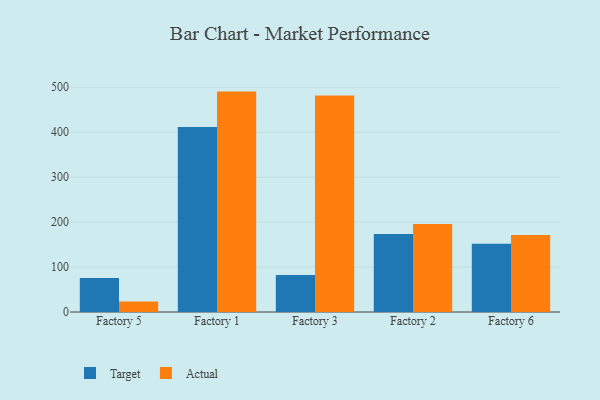
{"axis": {"x": "Factory", "y": "Backlog"}, "legend": ["Actual", "Target"], "data": [{"x": "Factory 5", "y": 75.4, "type": "Target"}, {"x": "Factory 5", "y": 23.2, "type": "Actual"}, {"x": "Factory 1", "y": 411.4, "type": "Target"}, {"x": "Factory 1", "y": 490.4, "type": "Actual"}, {"x": "Factory 3", "y": 82.1, "type": "Target"}, {"x": "Factory 3", "y": 482.0, "type": "Actual"}, {"x": "Factory 2", "y": 173.8, "type": "Target"}, {"x": "Factory 2", "y": 196.0, "type": "Actual"}, {"x": "Factory 6", "y": 151.9, "type": "Target"}, {"x": "Factory 6", "y": 171.6, "type": "Actual"}]}